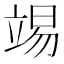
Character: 𥪔